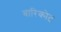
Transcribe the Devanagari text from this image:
बारिकोट